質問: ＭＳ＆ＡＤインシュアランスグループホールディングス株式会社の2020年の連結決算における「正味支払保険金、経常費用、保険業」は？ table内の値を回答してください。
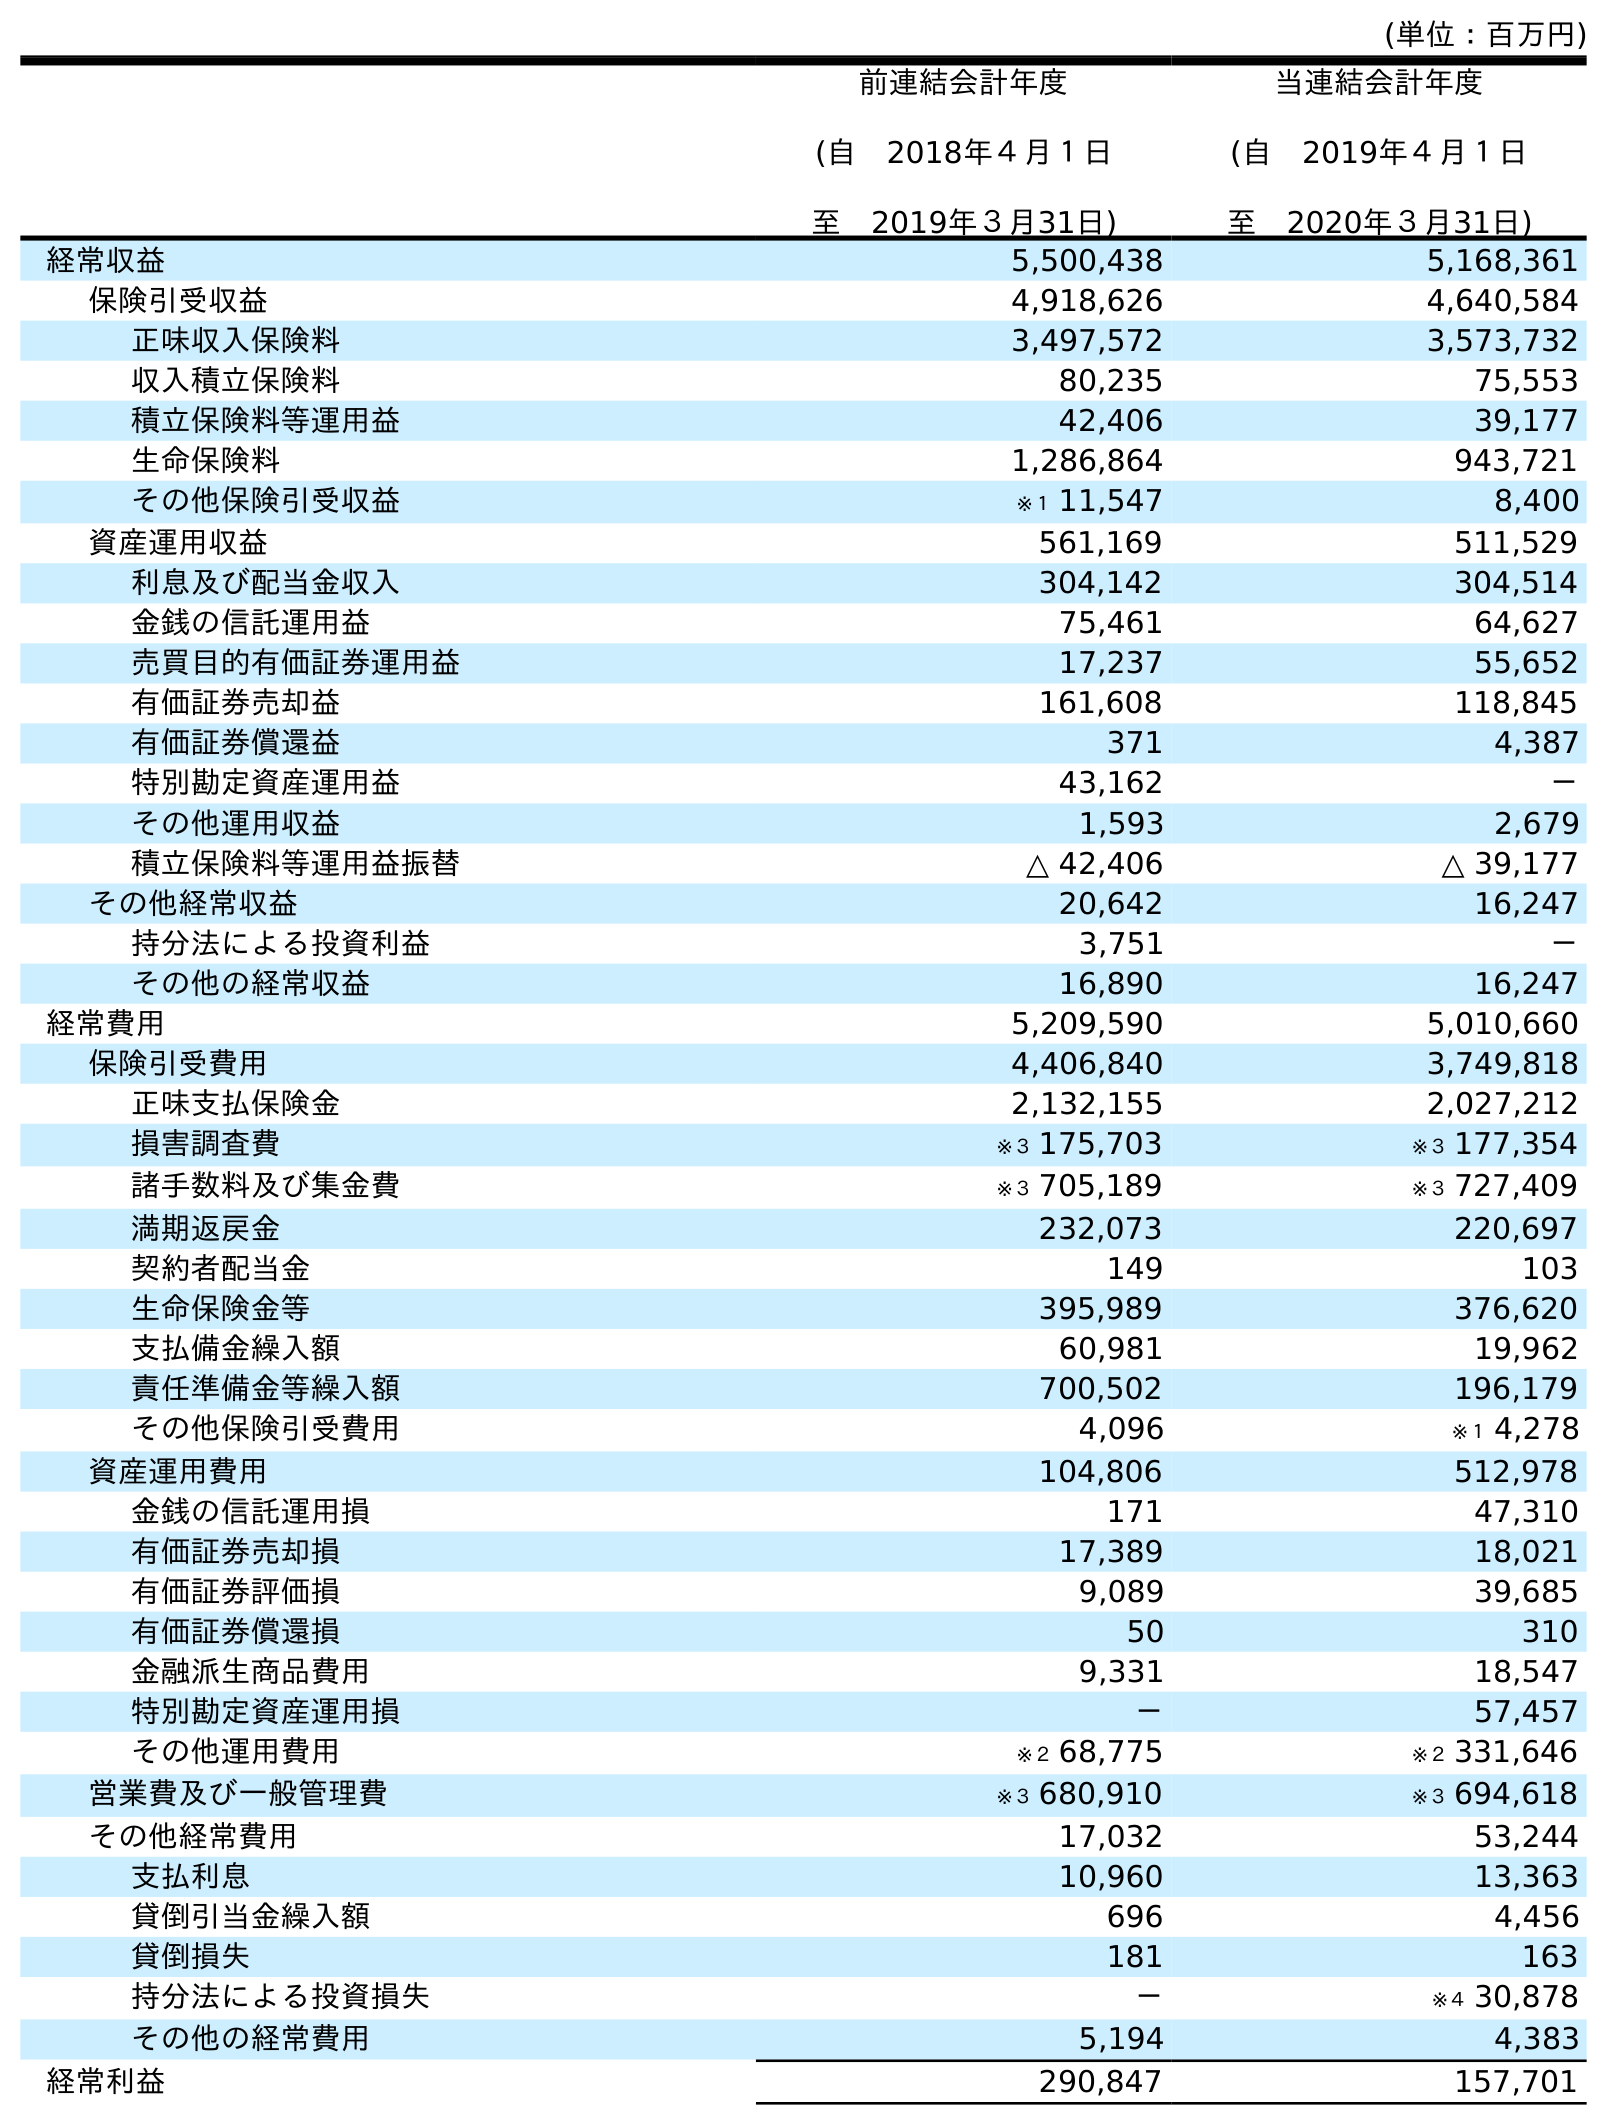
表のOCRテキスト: (単位：百万円) 前連結会計年度 (自 2018年４月１日 至 2019年３月31日) 当連結会計年度 (自 2019年４月１日 至 2020年３月31日) 経常収益 5,500,438 5,168,361 保険引受収益 4,918,626 4,640,584 正味収入保険料 3,497,572 3,573,732 収入積立保険料 80,235 75,553 積立保険料等運用益 42,406 39,177 生命保険料 1,286,864 943,721 その他保険引受収益 ※１ 11,547 8,400 資産運用収益 561,169 511,529 利息及び配当金収入 304,142 304,514 金銭の信託運用益 75,461 64,627 売買目的有価証券運用益 17,237 55,652 有価証券売却益 161,608 118,845 有価証券償還益 371 4,387 特別勘定資産運用益 43,162 － その他運用収益 1,593 2,679 積立保険料等運用益振替 △ 42,406 △ 39,177 その他経常収益 20,642 16,247 持分法による投資利益 3,751 － その他の経常収益 16,890 16,247 経常費用 5,209,590 5,010,660 保険引受費用 4,406,840 3,749,818 正味支払保険金 2,132,155 2,027,212 損害調査費 ※３ 175,703 ※３ 177,354 諸手数料及び集金費 ※３ 705,189 ※３ 727,409 満期返戻金 232,073 220,697 契約者配当金 149 103 生命保険金等 395,989 376,620 支払備金繰入額 60,981 19,962 責任準備金等繰入額 700,502 196,179 その他保険引受費用 4,096 ※１ 4,278 資産運用費用 104,806 512,978 金銭の信託運用損 171 47,310 有価証券売却損 17,389 18,021 有価証券評価損 9,089 39,685 有価証券償還損 50 310 金融派生商品費用 9,331 18,547 特別勘定資産運用損 － 57,457 その他運用費用 ※２ 68,775 ※２ 331,646 営業費及び一般管理費 ※３ 680,910 ※３ 694,618 その他経常費用 17,032 53,244 支払利息 10,960 13,363 貸倒引当金繰入額 696 4,456 貸倒損失 181 163 持分法による投資損失 － ※４ 30,878 その他の経常費用 5,194 4,383 経常利益 290,847 157,701
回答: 2,027,212